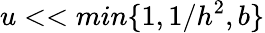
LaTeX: u<<min\{ 1,1/h^{2},b\}